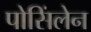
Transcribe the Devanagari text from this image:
पोसिंलेन